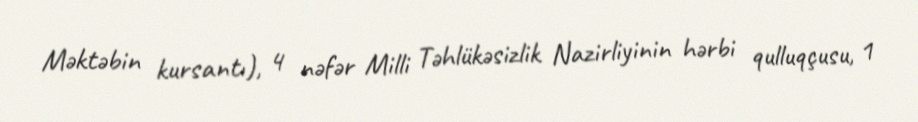
Məktəbin kursantı), 4 nəfər Milli Təhlükəsizlik Nazirliyinin hərbi qulluqçusu, 1